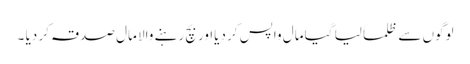
لوگوں سے ظلماً لیا گیا مال واپس کر دیااور بچ رہنے والا مال صدقہ کر دیا ۔